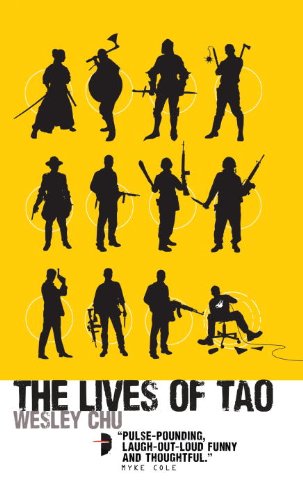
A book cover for The Lives of Tao: Tao Series Book One; Wesley Chu; Romance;